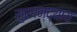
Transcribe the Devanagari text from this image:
सुरवन्द्याय